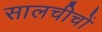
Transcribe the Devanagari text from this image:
सालचीचों